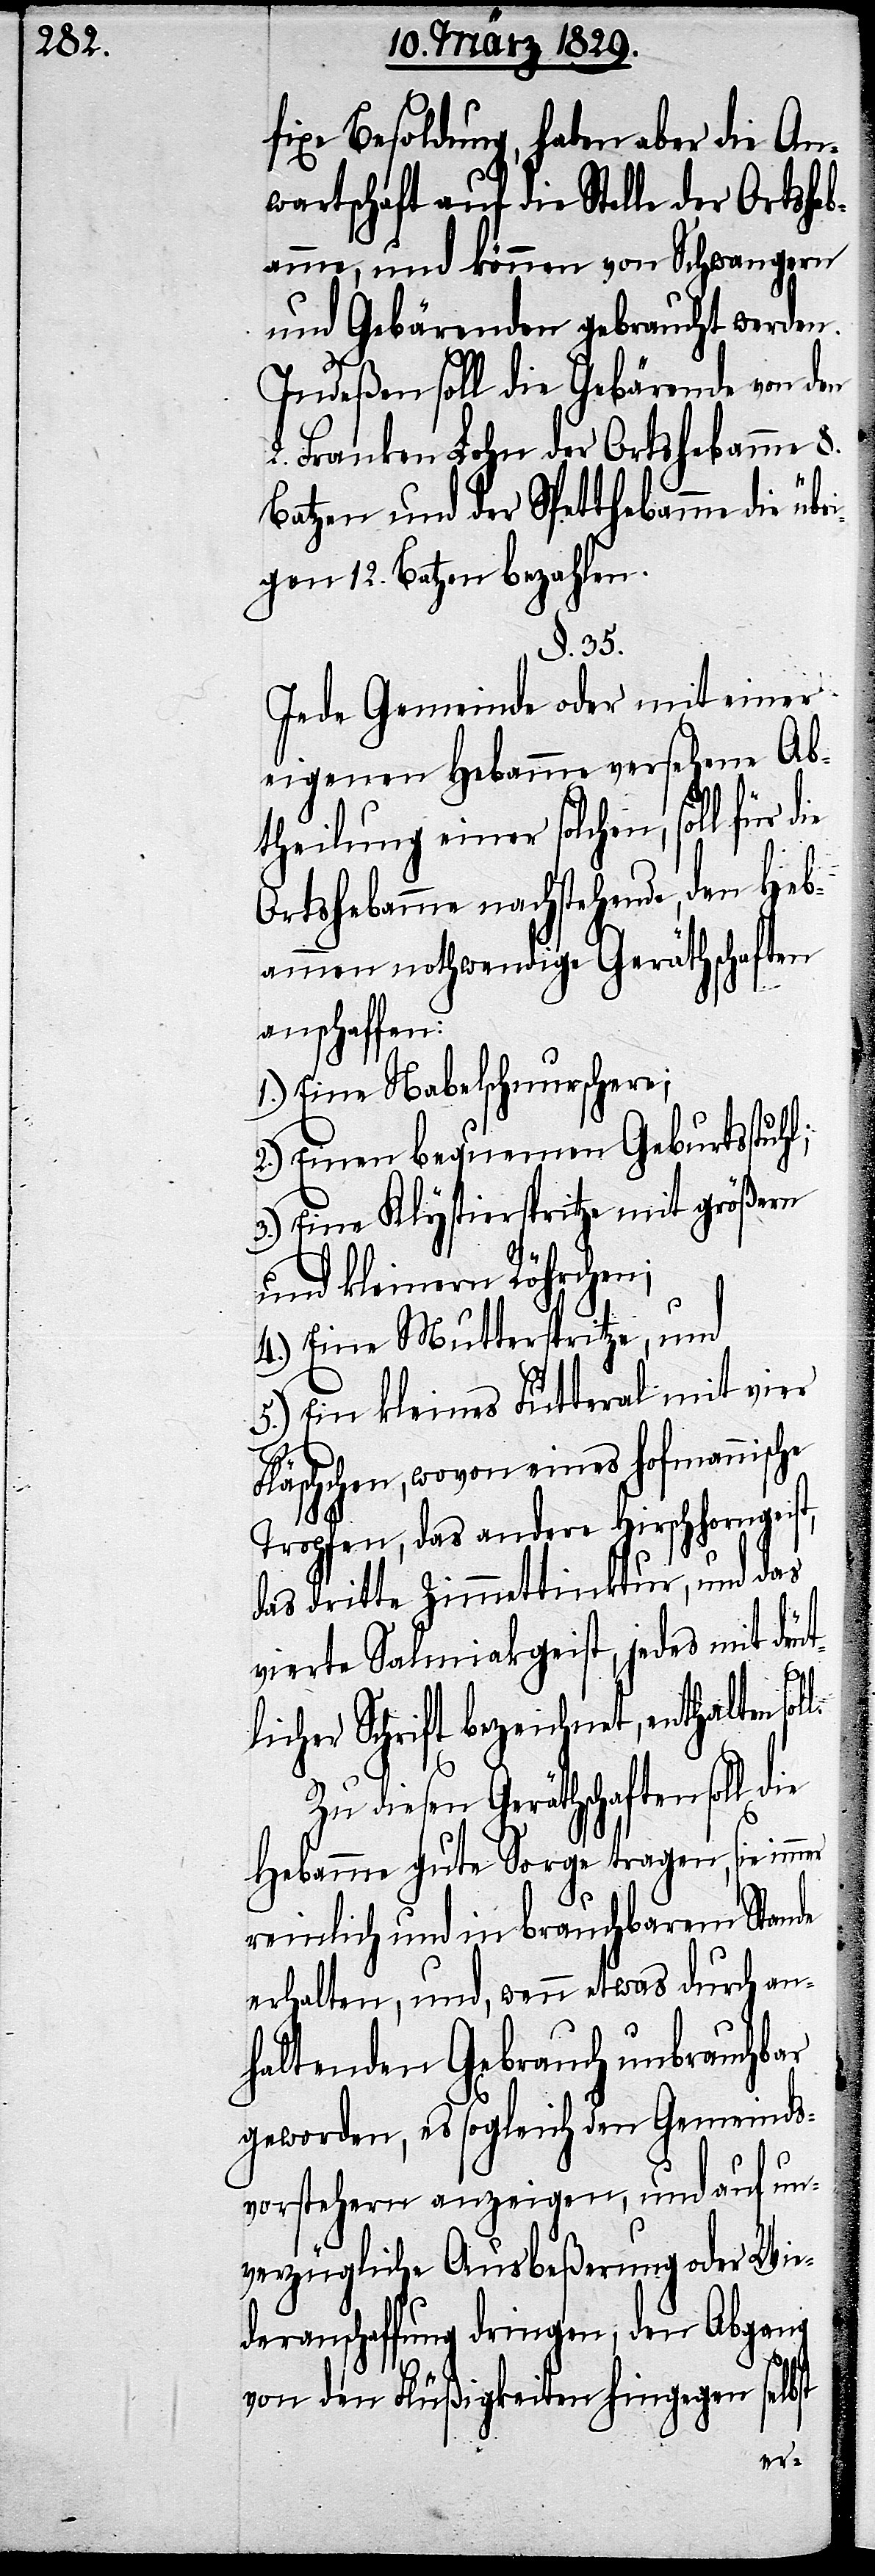
fixe Besoldung, haben aber die An¬
wartschaft auf die Stelle der Ortsheb¬
amme, und können von Schwangern
und Gebärenden gebraucht werden.
Indeßen soll die Gebärende von den
2. Franken Lohn der Ortshebamme 8.
Batzen und der Spetthebamme die übr¬
igen 12. Batzen bezahlen.
§. 35.
Jede Gemeinde oder mit einer
eigenen Hebamme versehene Ab¬
theilung einer solchen, soll für d¬
Ortshebamme nachstehende, den Heb¬
ammen nothwendige Geräthschaften
anschaffen:
1.) Eine Nabelschnurschere;
2.) Einen bequemen Geburtsstuhl;
3.) Eine Klystierspritze mit größern
und kleinern Röhrchen;
4.) Eine Mutterspritze; und
5.) Ein kleines Futteral mit vier
Fläschchen, wovon eines hofmannische
Tropfen, das andere Hirschhorngeist,
das dritte Zimmettinktur, und das
vierte Salmiakgeist, jedes mit deut¬
licher Schrift bezeichnet, enthalten
Zu diesen Geräthschaften soll
Hebamme gute Sorge tragen, sie
reinlich und in brauchbarem Stande
erhalten, und, wenn etwas durch an¬
haltenden Gebrauch unbrauchbar
geworden, es sogleich den Gemeinds¬
vorstehern anzeigen, und auf un¬
verzügliche Ausbeßerung oder Wie¬
deranschaffung dringen, den Abgang
von den Flüßigkeiten hingegen selbst
ie